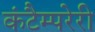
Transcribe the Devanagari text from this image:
कंटैम्परेरी